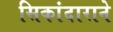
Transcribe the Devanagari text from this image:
सिकांदाराने